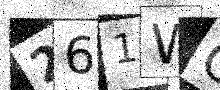
Text: 261WOS